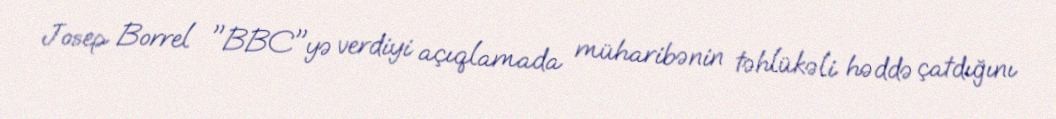
Josep Borrel "BBC"yə verdiyi açıqlamada müharibənin təhlükəli həddə çatdığını